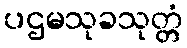
ပဌမသုခသုတ္တံ